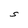
Character: S